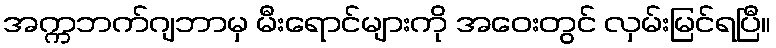
အက္ကဘက်ဂျဘာမှ မီးရောင်များကို အဝေးတွင် လှမ်းမြင်ရပြီ။